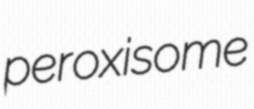
peroxisome